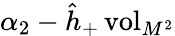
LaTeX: \alpha_{2}-\hat{h}_{+}\, \mathrm{vol}_{M^{2}}